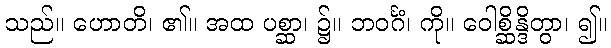
သည်။ ဟောတိ၊ ၏။ အထ ပစ္ဆာ၊ ၌။ ဘဝင်္ဂံ၊ ကို။ ဝေါစ္ဆိန္ဒိတွာ၊ ၍။